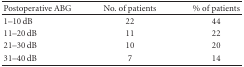
<table><thead><tr><td><b>Postoperative ABG</b></td><td><b>No. of patients</b></td><td><b>% of patients</b></td></tr></thead><tbody><tr><td>1–10 dB</td><td>22</td><td>44</td></tr><tr><td>11–20 dB</td><td>11</td><td>22</td></tr><tr><td>21–30 dB</td><td>10</td><td>20</td></tr><tr><td>31–40 dB</td><td>7</td><td>14</td></tr></tbody></table>